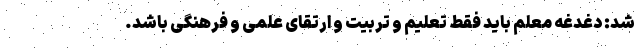
شد: دغدغه معلم باید فقط تعلیم و تربیت و ارتقای علمی و فرهنگی باشد.